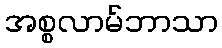
အစ္စလာမ်ဘာသာ